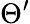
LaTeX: \Theta^{\prime}